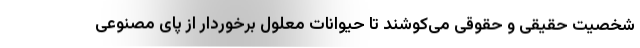
شخصیت حقیقی و حقوقی می‌کوشند تا حیوانات معلول برخوردار از پای مصنوعی